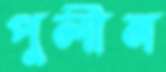
পুলীন